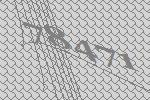
78471